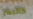
كالبشر